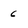
Character: 6